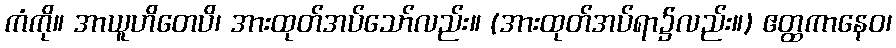
ကံကို။ အာယူဟိတေပိ၊ အားထုတ်အပ်သော်လည်း။ (အားထုတ်အပ်ရာ၌လည်း။) ဧတ္ထကာနေဝ၊